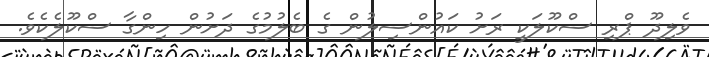
ވެލިދޫ ޕްރި ސްކޫލަކީ ރަށު ކައުންސިލުން ގެ ބެލުމުގެ ދަށުން ހިންގާ ސްކޫލެކެވެ.